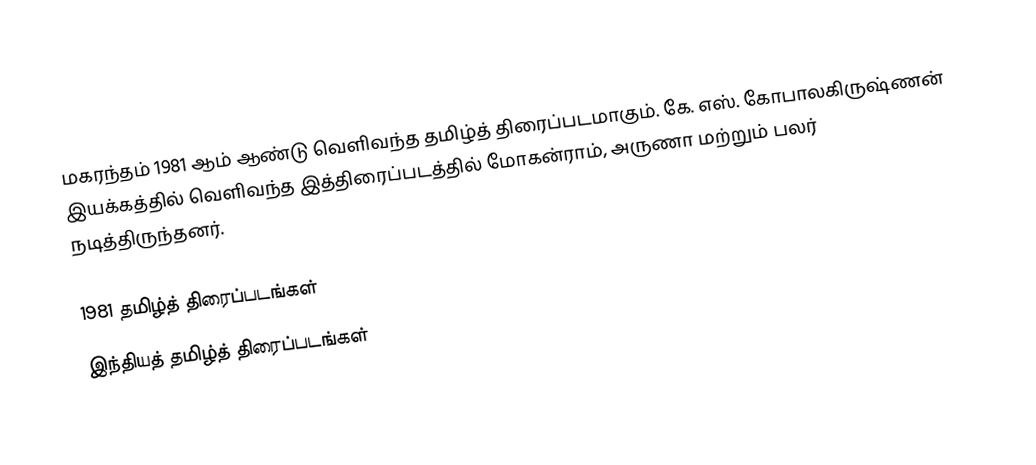
மகரந்தம் 1981 ஆம் ஆண்டு வெளிவந்த தமிழ்த் திரைப்படமாகும். கே. எஸ். கோபாலகிருஷ்ணன் இயக்கத்தில் வெளிவந்த இத்திரைப்படத்தில் மோகன்ராம், அருணா மற்றும் பலர் நடித்திருந்தனர்.

1981 தமிழ்த் திரைப்படங்கள்
இந்தியத் தமிழ்த் திரைப்படங்கள்